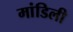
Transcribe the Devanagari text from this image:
मांडिली